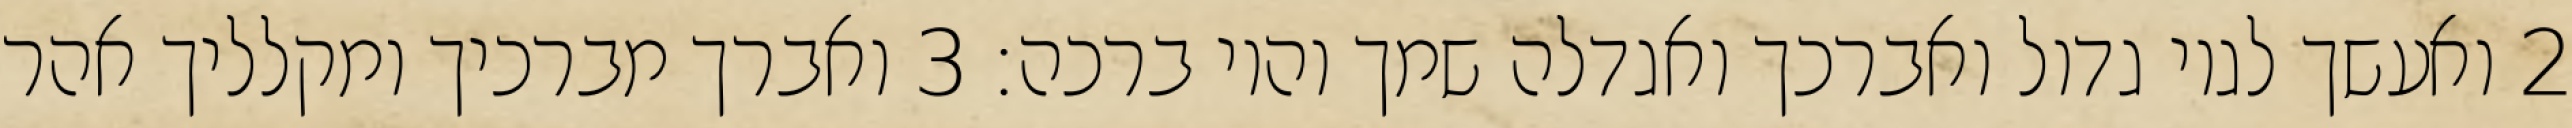
‎2‏ ואעשך לגוי גדול ואברכך ואגדלה שמך והוי ברכה׃ ‎3‏ ואברך מברכיך ומקלליך אהר